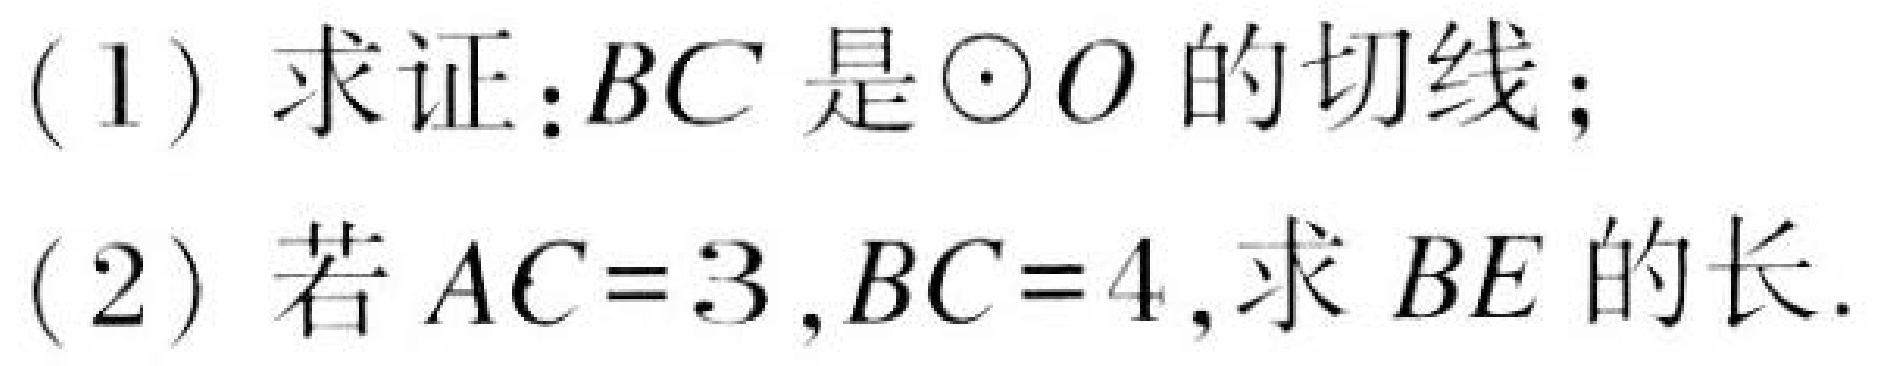
(1) 求证：$BC$是$\odot O$的切线；
(2) 若$AC = 3$，$BC = 4$，求$BE$的长.